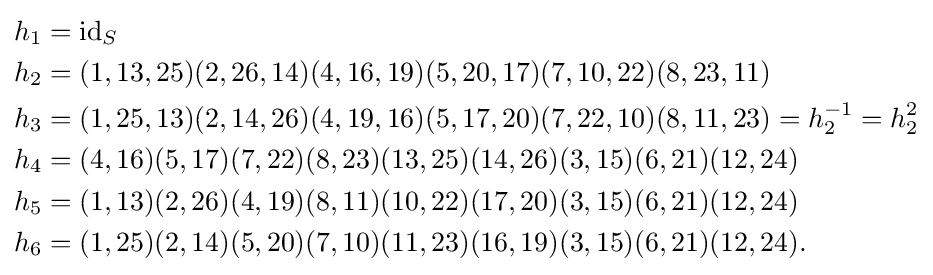
{\begin{aligned}h_{1}&=\operatorname {id} _{S}\\h_{2}&=(1,13,25)(2,26,14)(4,16,19)(5,20,17)(7,10,22)(8,23,11)\\h_{3}&=(1,25,13)(2,14,26)(4,19,16)(5,17,20)(7,22,10)(8,11,23)=h_{2}^{-1}=h_{2}^{2}\\h_{4}&=(4,16)(5,17)(7,22)(8,23)(13,25)(14,26)(3,15)(6,21)(12,24)\\h_{5}&=(1,13)(2,26)(4,19)(8,11)(10,22)(17,20)(3,15)(6,21)(12,24)\\h_{6}&=(1,25)(2,14)(5,20)(7,10)(11,23)(16,19)(3,15)(6,21)(12,24).\end{aligned}}